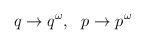
LaTeX: \begin{align*}q\rightarrow q^\omega ,\ \ p\rightarrow p^\omega\end{align*}